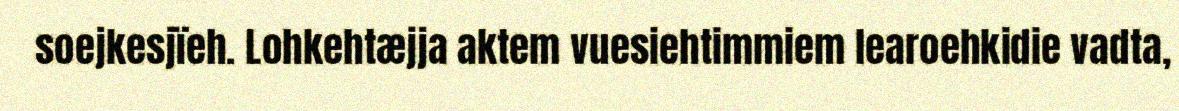
soejkesjïeh. Lohkehtæjja aktem vuesiehtimmiem learoehkidie vadta,